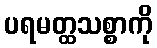
ပရမတ္ထသစ္စာကို